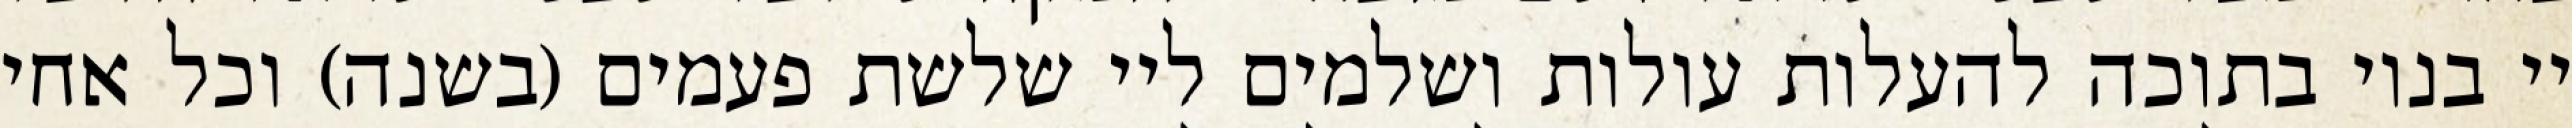
יי בנוי בתוכה להעלות עולות ושלמים ליי שלשת פעמים (בשנה) וכל אחי